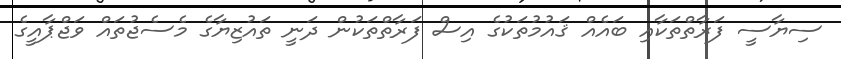
ސިޔާސީ ފަރާތްތަކާއި ބައެއް ޤައުމުތަކުގެ އިސް ފަރާތްތަކުން ދަނީ ތައުޒިޔާގެ މެސެޖުތައް ވަޖްޕާއީގެ